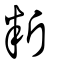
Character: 䉼